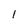
Character: 1